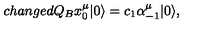
c h a n g e d Q _ { B } x _ { 0 } ^ { \mu } | 0 \rangle = c _ { 1 } \alpha _ { - 1 } ^ { \mu } | 0 \rangle ,